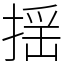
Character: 揺